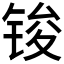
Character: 𮸏